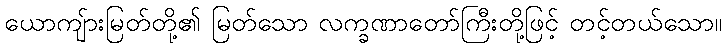
ယောကျ်ားမြတ်တို့၏ မြတ်သော လက္ခဏာတော်ကြီးတို့ဖြင့် တင့်တယ်သော။